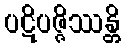
ပဋိပဇ္ဇိဿန္တိ